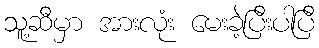
သူ့ဆီမှာ အားလုံး မေးခဲ့ပြီးပါပြီ